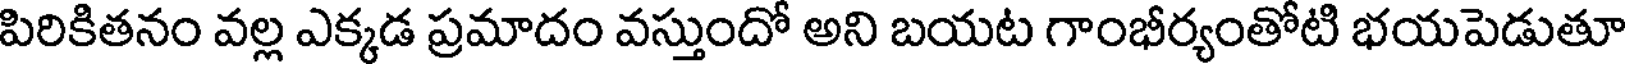
పిరికితనం వల్ల ఎక్కడ ప్రమాదం వస్తుందో అని బయట గాంభీర్యంతోటి భయపెడుతూ